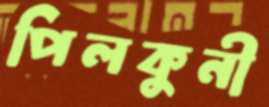
পিলকুনী